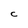
Character: C